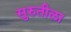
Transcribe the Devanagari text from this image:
सुरुतीला